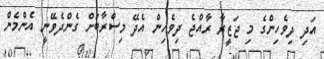
އަދި ދިވެހިންގެ މި ޖަޒީރާ ރާއްޖެ ދިވެހިން އެދޭ މިސްރާބަށް ގެންދެވޭނީ އެންމެން